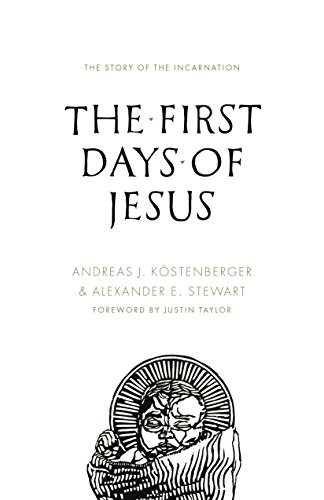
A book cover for The First Days of Jesus: The Story of the Incarnation; Andreas J. KÃ¶stenberger; Christian Books & Bibles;